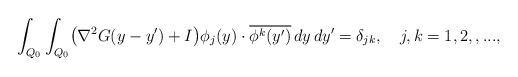
LaTeX: \begin{align*}\int_{Q_0}\int_{Q_0}\bigl(\nabla^2{ { G}}(y-y')+I\bigr)\phi_j(y)\cdot\overline{\phi^k(y')}\,dy\,dy'=\delta_{jk},\ \ \ j,k=1, 2,,...,\end{align*}